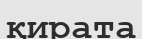
қирата